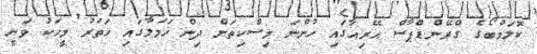
ކޮލަމްބޯގެ ގްރޭންޑްޕާސް އޭރިއާގައި ހުންނަ މިސްކިތަށް ދިން ހަމަލާގައި ހަތަރު މީހަކު ވަނީ